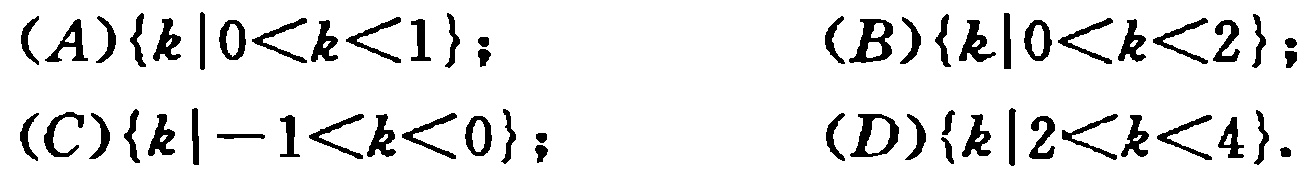
(A)\(\{k\mid 0 < k < 1\}\);
(B)\(\{k\mid 0 < k < 2\}\);
(C)\(\{k\mid -1 < k < 0\}\);
(D)\(\{k\mid 2 < k < 4\}\).